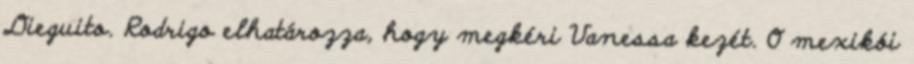
Dieguito. Rodrigo elhatározza, hogy megkéri Vanessa kezét. O mexikói